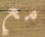
مع